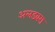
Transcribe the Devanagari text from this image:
अलडबरा